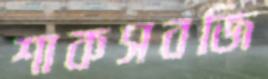
শাকসবজি